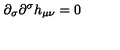
\partial _ { \sigma } \partial ^ { \sigma } h _ { \mu \nu } = 0